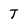
Character: T